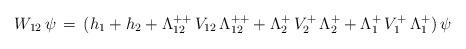
LaTeX: \begin{align*}W_{12}\,\psi\,=\,(h_1+h_2+\Lambda^{++}_{12}\,V_{12}\,\Lambda^{++}_{12}+\Lambda^+_2\,V^+_2\,\Lambda^+_2+\Lambda^+_1\,V^+_1\,\Lambda^+_1)\,\psi\end{align*}